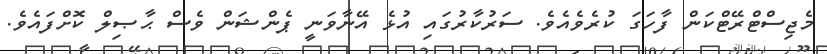
މެޖިސްޓްރޭޓްކަން ފާހަގަ ކުރެވެއެވެ. ސަރުކާރުގައި އުޅެ އޭނާވަނީ ޕެންޝަން ވެސް ޙާޞިލް ކޮށްފައެވެ.